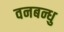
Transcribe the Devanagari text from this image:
वनबन्धु